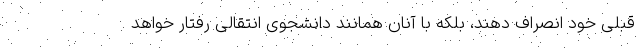
قبلی خود انصراف دهند، بلکه با آنان همانند دانشجوی انتقالی رفتار خواهد